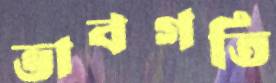
ভাবগতি